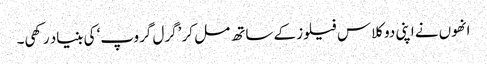
انھوں نے اپنی دو کلاس فیلوز کے ساتھ مل کر ’گرل گروپ‘ کی بنیاد رکھی۔